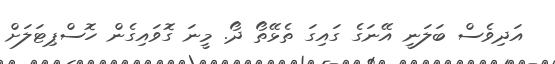
އަދިވެސް ބަލަނީ އޭނަގެ ގައިގަ ތެޅޭތޯ ދޯ. މީނަ ގޮވައިގެން ހޮސްޕިޓަލަށް